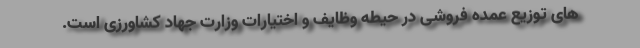
های توزیع عمده فروشی در حیطه وظایف و اختیارات وزارت جهاد کشاورزی است.